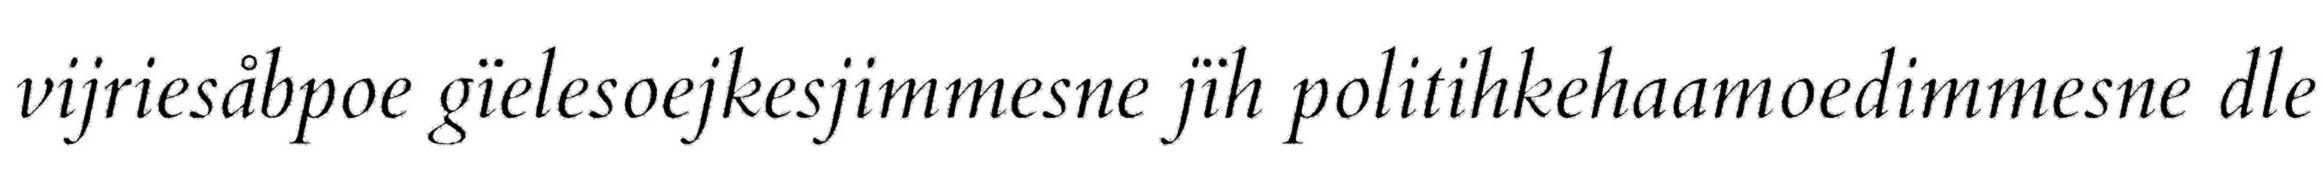
vijriesåbpoe gïelesoejkesjimmesne jïh politihkehaamoedimmesne dle